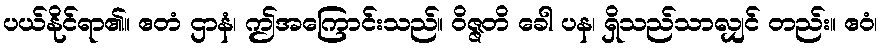
ပယ်နိုင်ရာ၏။ ဧတံ ဌာနံ၊ ဤအကြောင်းသည်။ ဝိဇ္ဇတိ ခေါ ပန၊ ရှိသည်သာလျှင် တည်း။ ဧဝံ၊